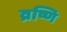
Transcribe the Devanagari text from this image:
व्रष्णि